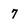
Character: 7